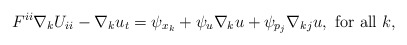
\begin{align*}F^{ii} \nabla_{k} U_{ii} - \nabla_k u_t = \psi_{x_k} + \psi_{u} \nabla_{k} u + \psi_{p_j} \nabla_{kj} u, \mbox{ for all } k,\end{align*}